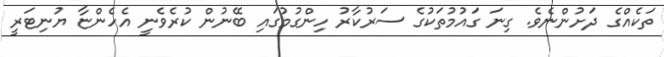
ތަކެއްގެ ދަށުންނެވެ. ގިނަ ގައުމުތަކުގެ ސަރުކާރު ހިންގުމުގައި ބޭނުން ކުރެވެނީ އެހެންޏާ ޔުނިޓަރީ